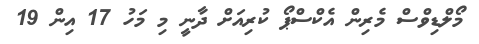
މޯލްޑިވްސް މެރިން އެކްސްޕޯ ކުރިއަށް ދާނީ މި މަހު 17 އިން 19